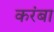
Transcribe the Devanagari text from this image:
करंबा